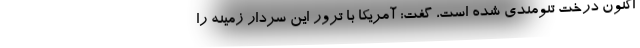
اکنون درخت تنومندی شده است، گفت: آمریکا با ترور این سردار زمینه را